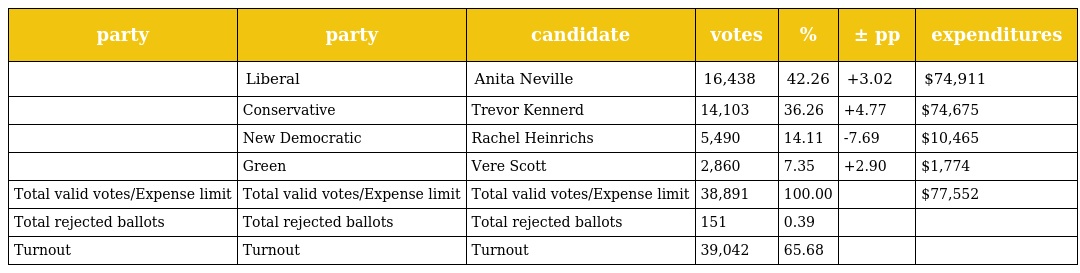
| party | party | candidate | votes | % | ± pp | expenditures |
 | --- | --- | --- | --- | --- | --- | --- |
 |  | Liberal | Anita Neville | 16,438 | 42.26 | +3.02 | $74,911 |
 |  | Conservative | Trevor Kennerd | 14,103 | 36.26 | +4.77 | $74,675 |
 |  | New Democratic | Rachel Heinrichs | 5,490 | 14.11 | -7.69 | $10,465 |
 |  | Green | Vere Scott | 2,860 | 7.35 | +2.90 | $1,774 |
 | Total valid votes/Expense limit | Total valid votes/Expense limit | Total valid votes/Expense limit | 38,891 | 100.00 |  | $77,552 |
 | Total rejected ballots | Total rejected ballots | Total rejected ballots | 151 | 0.39 |  |  |
 | Turnout | Turnout | Turnout | 39,042 | 65.68 |  |  |